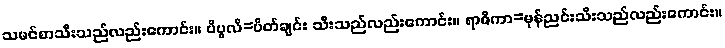
သမင်စာသီးသည်လည်းကောင်း။ ပိပ္ဖလိ=ပိတ်ချင်း သီးသည်လည်းကောင်း။ ရာဇိကာ=မုန်ညင်းသီးသည်လည်းကောင်း။